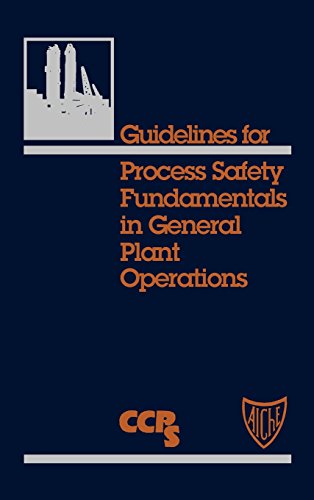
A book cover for Guidelines for Process Safety Fundamentals in General Plant Operations; Center for Chemical Process Safety (CCPS; Science & Math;